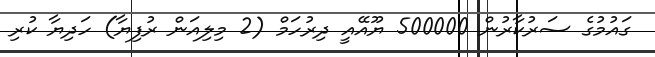
ގައުމުގެ ސަރުކާރުން 500000 ޔޫއޭއީ ދިރުހަމް (2 މިލިއަން ރުފިޔާ) ހަދިޔާ ކުރި